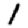
Digit: 1